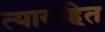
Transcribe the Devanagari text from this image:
त्यासहित